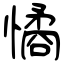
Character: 憰